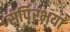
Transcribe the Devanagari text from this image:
सर्पिरभयां